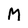
Character: M